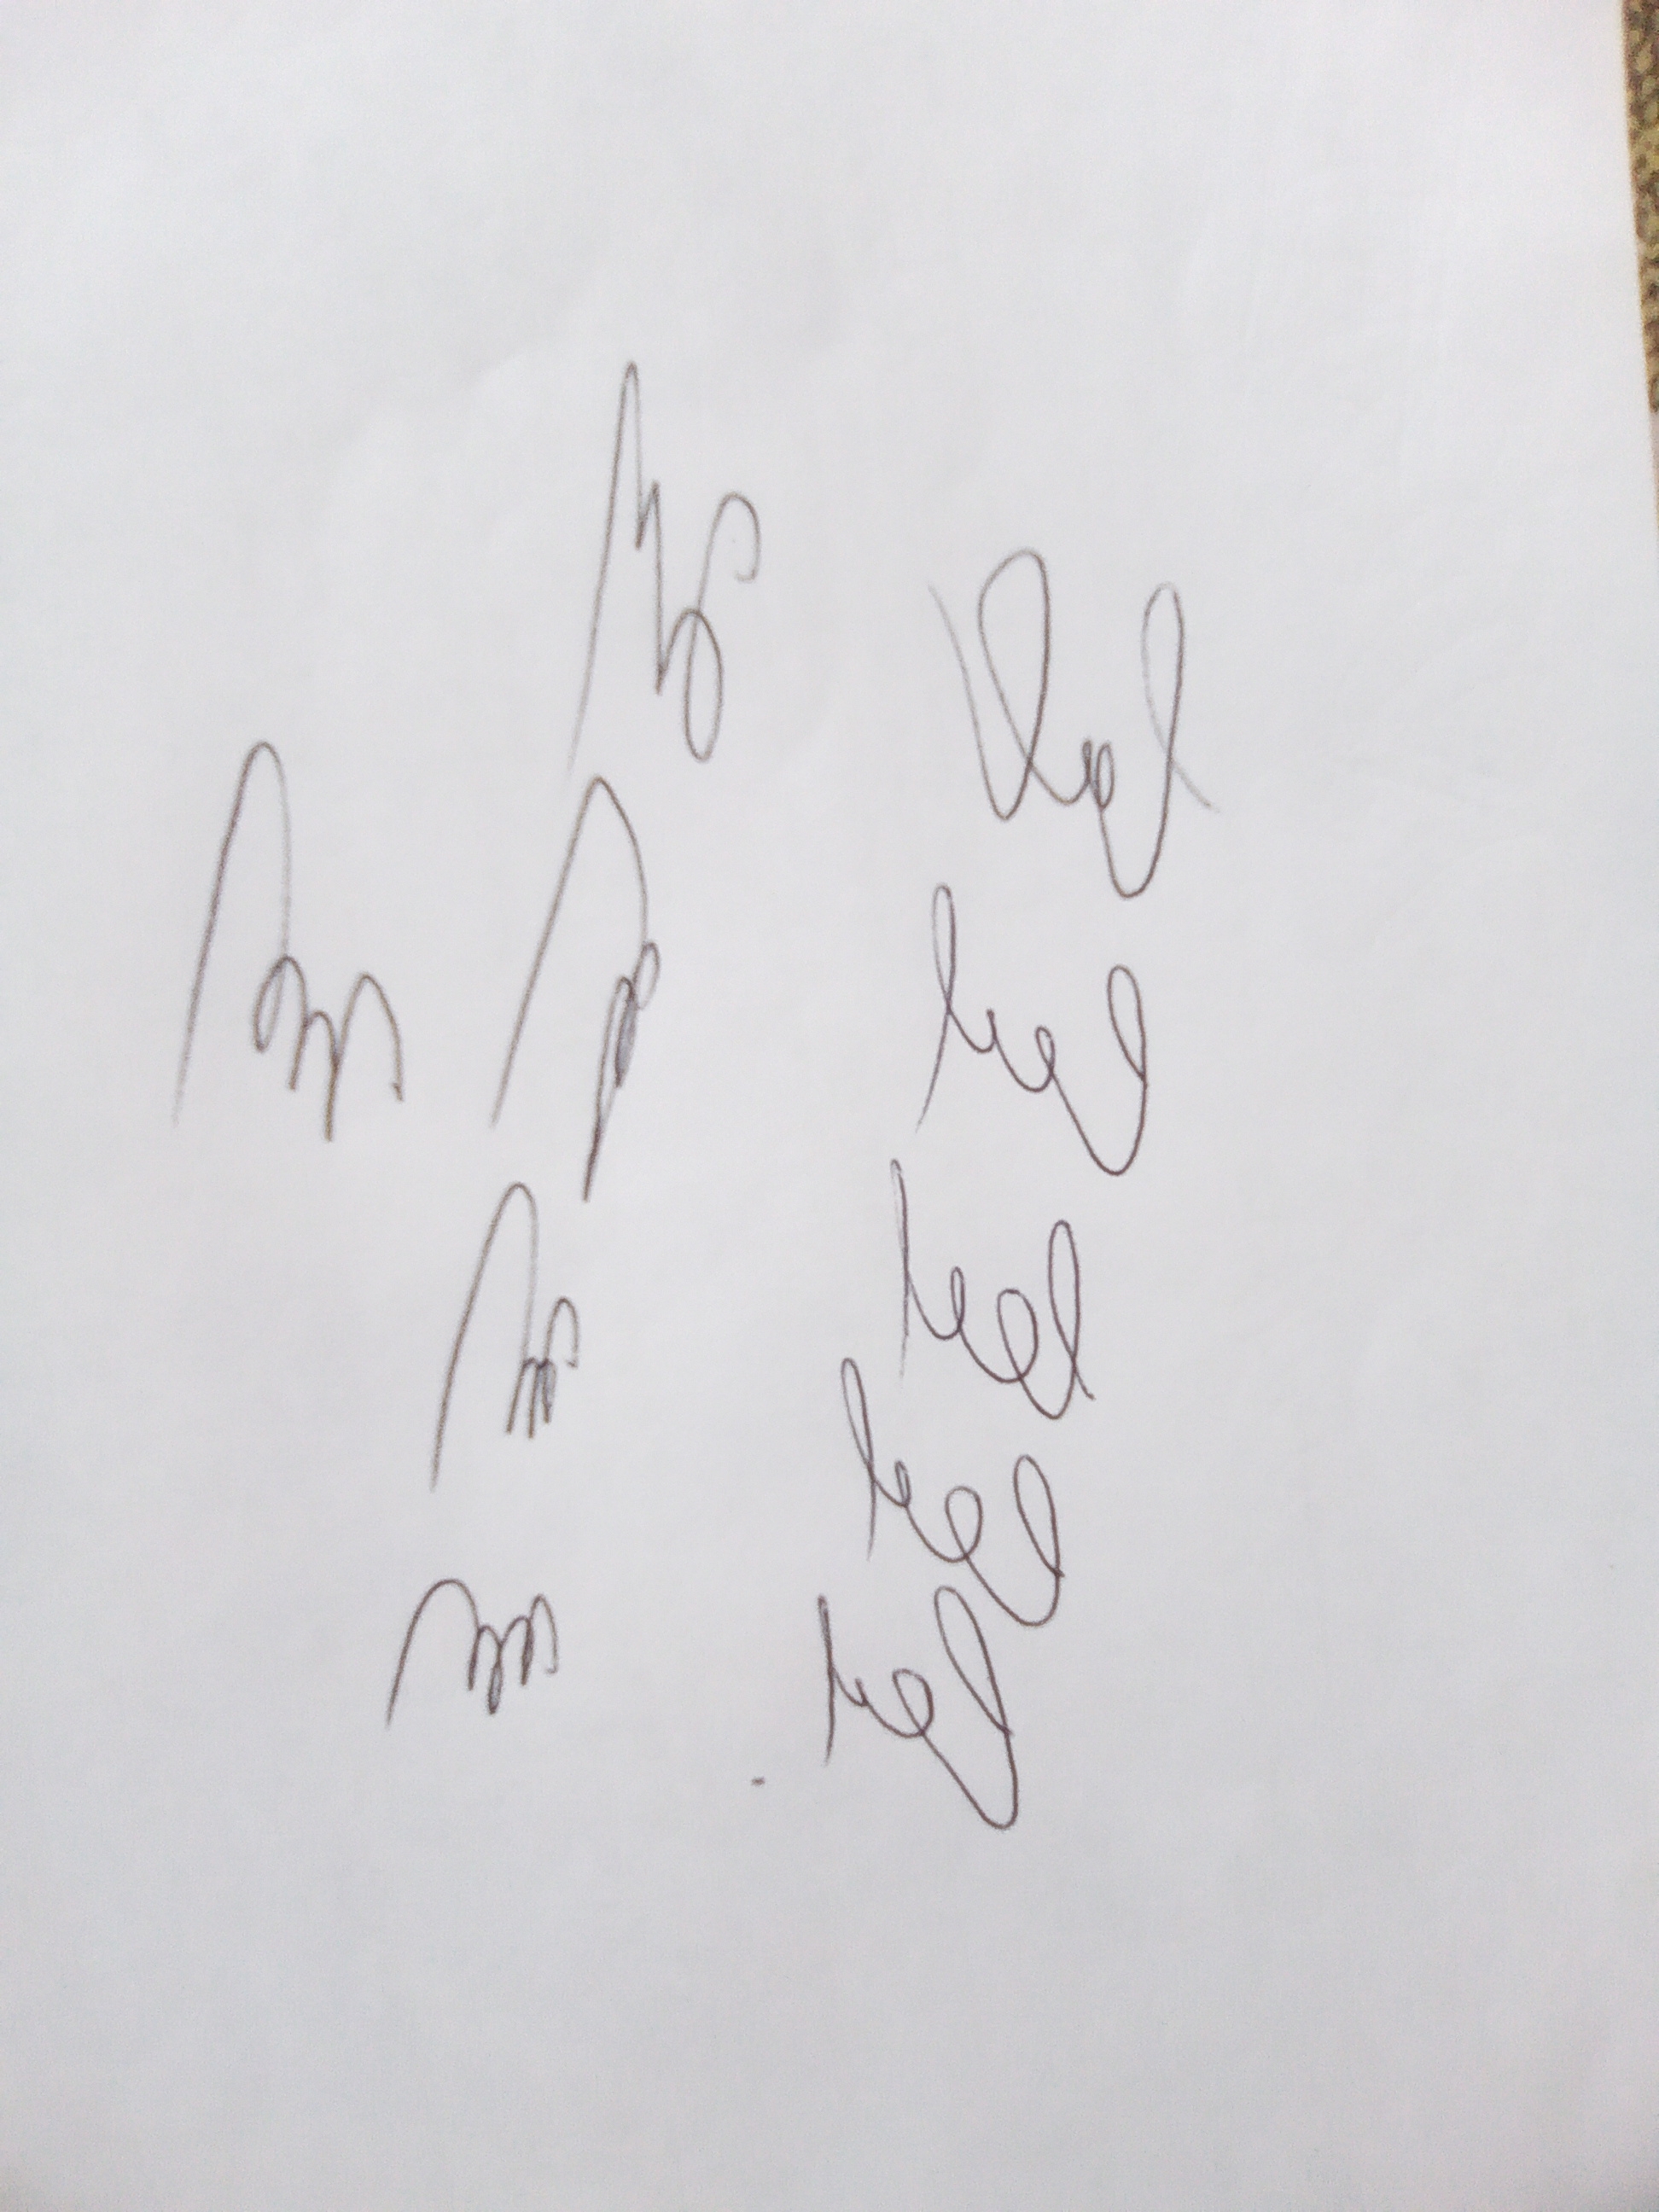
Signature authenticity: genuine